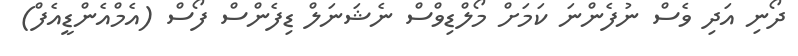
ދޯނި އަދި ވެސް ނުފެންނަ ކަމަށް މޯލްޑިވްސް ނެޝަނަލް ޑިފެންސް ފޯސް (އެމްއެންޑީއެފް)